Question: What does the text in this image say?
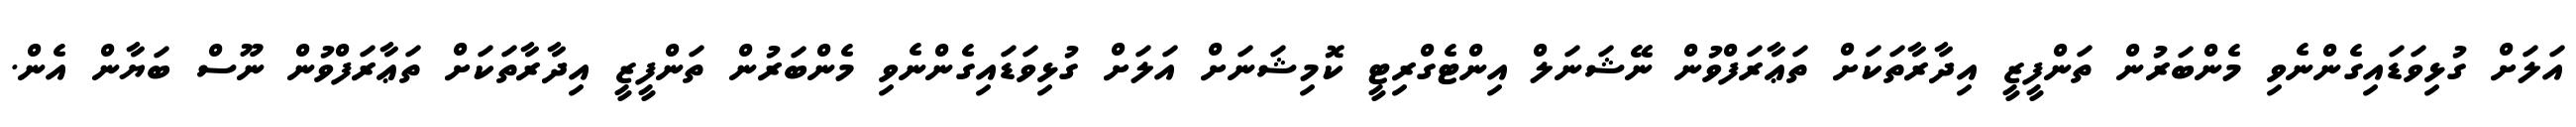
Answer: އަލަށް ގުޅިވަޑައިގެންނެވި މެންބަރުން ތަންފީޒީ އިދާރާތަކަށް ތަޢާރަފްވުން ނޭޝަނަލް އިންޓެގްރިޓީ ކޮމިޝަނަށް އަލަށް ގުޅިވަޑައިގެންނެވި މެންބަރުން ތަންފީޒީ އިދާރާތަކަށް ތަޢާރަފްވުން ނޫސް ބަޔާން އެން.